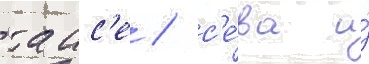
таис'е / с'е́ва и́